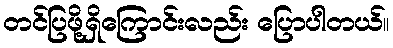
တင်ပြဖို့ရှိကြောင်းလည်း ပြောပါတယ်။